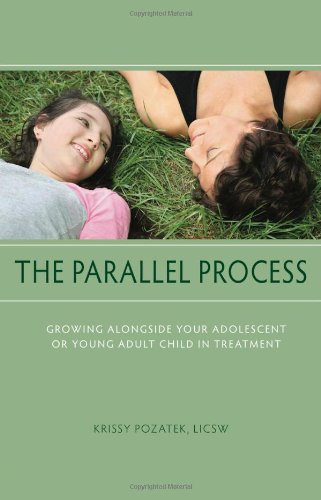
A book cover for The Parallel Process: Growing Alongside Your Adolescent or Young Adult Child in Treatment; Krissy Pozatek; Parenting & Relationships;